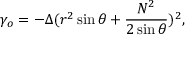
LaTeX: \gamma _ { o } = - \Delta ( r ^ { 2 } \sin \theta + \frac { N ^ { 2 } } { 2 \sin \theta } ) ^ { 2 } ,